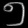
Digit: ၅